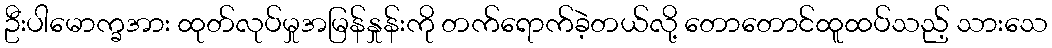
ဦးပါမောက္ခအား ထုတ်လုပ်မှုအမြန်နှုန်းကို တက်ရောက်ခဲ့တယ်လို့ တောတောင်ထူထပ်သည့် သားသေ